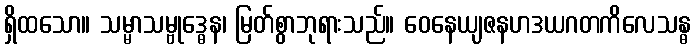
ရှိထသော။ သမ္မာသမ္ဗုဒ္ဓေန၊ မြတ်စွာဘုရားသည်။ ဝေနေယျဇနဟဒယဂတကိလေသန္ဓ